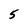
Character: 5